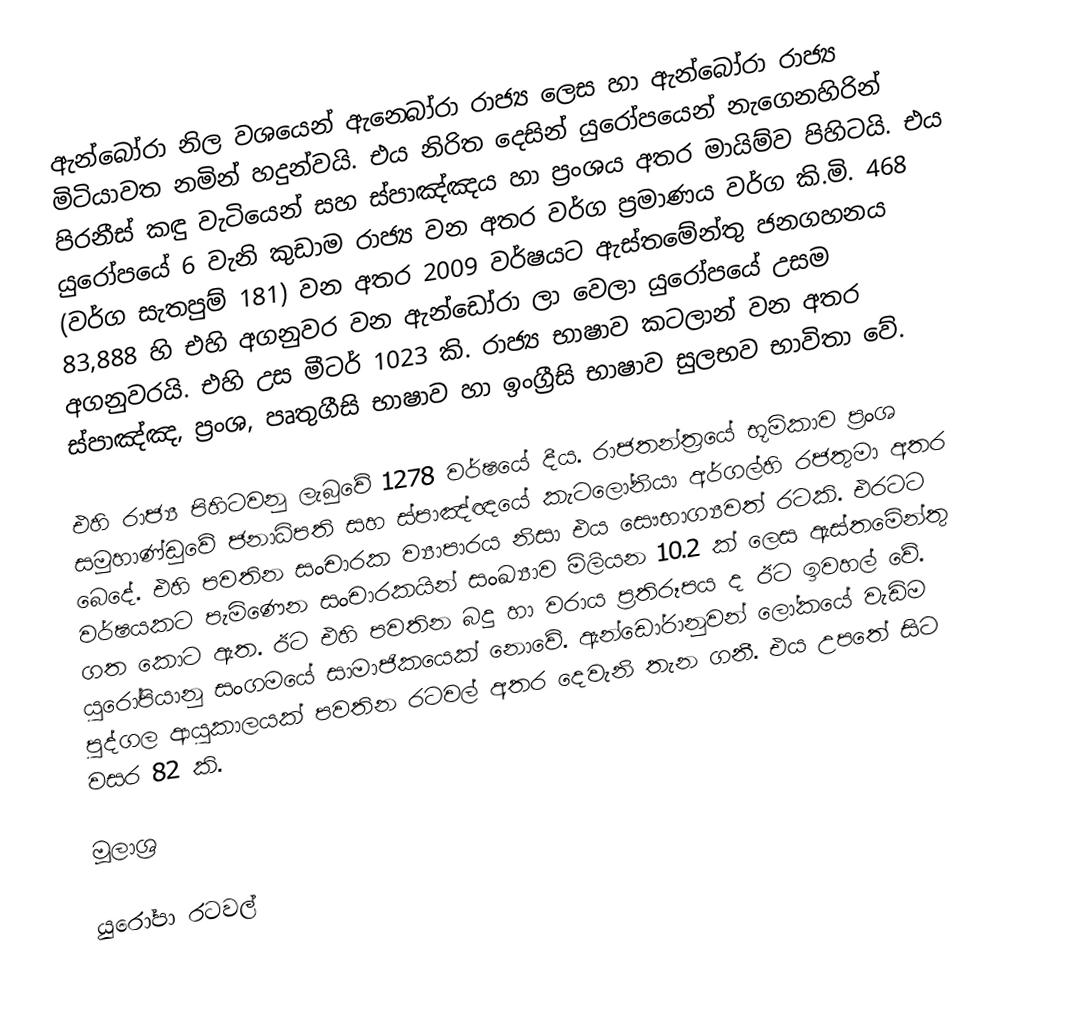
ඇන්බෝරා නිල වශයෙන් ඇන‍්බෝරා රාජ්‍ය ලෙස හා ඇන්බෝරා රාජ්‍ය මිටියාවත නමින් හදුන්වයි. එය නිරිත දෙසින් යුරෝපයෙන් නැගෙනහිරින් පිරනීස් කඳු වැටියෙන් සහ ස්පාඤ්ඤය හා ප්‍රංශය අතර මායිම්ව පිහිටයි. එය යුරෝපයේ 6 වැනි කුඩාම රාජ්‍ය වන අතර වර්ග ප්‍රමාණය වර්ග කි.මි. 468 (වර්ග සැතපුම් 181) වන අතර 2009 වර්ෂයට ඇස්තමේන්තු ජනගහනය 83,888 හි එහි අගනුවර වන ඇන්ඩෝරා ලා වෙලා යුරෝපයේ උසම අගනුවරයි. එහි උස මීටර් 1023 කි. රාජ්‍ය භාෂාව කටලාන් වන අතර ස්පාඤ්ඤ, ප්‍රංශ, පෘතුගීසි භාෂාව හා ඉංග්‍රීසි භාෂාව සුලභව භාවිතා වේ.

එහි රාජ්‍ය පිහිටවනු ලැබුවේ 1278 වර්ෂයේ දීය. රාජතන්ත්‍රයේ භූමිකාව ප්‍රංශ සමුහාණ්ඩුවේ ජනාධිපති සහ ස්පාඤ්ඥයේ කැටලෝනියා අර්ගල්හි රජතුමා අතර බෙදේ. එහි පවතින සංචාරක ව්‍යාපාරය නිසා එය සෞභාග්‍යවත් රටකි. එරටට වර්ෂයකට පැමිණෙන සංචාරකයින් සංඛ්‍යාව මිලියන 10.2 ක් ලෙස ඇස්තමේන්තු ගත කොට ඇත. ඊට එහි පවතින බදු හා වරාය ප්‍රතිරූපය ද ඊට ඉවහල් වේ. යුරෝපියානු සංගමයේ සාමාජිකයෙක් නොවේ. ඇන්ඩෝරානුවන් ලෝකයේ වැඩිම පුද්ගල ආයුකාලයක් පවතින රටවල් අතර දෙවැනි තැන ගනී. එය උපතේ සිට වසර 82 කි.

මූලාශ්‍ර

යුරෝපා රටවල්